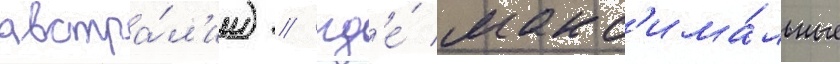
австра́л'ии) / гд'е́ макс'има́льные